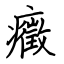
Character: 癥